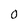
Character: 0